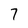
Character: 7